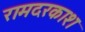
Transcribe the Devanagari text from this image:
रामदरकाश